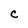
Character: C